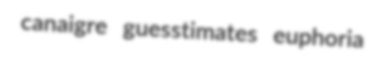
canaigre guesstimates euphoria